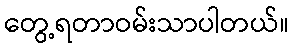
တွေ့ရတာဝမ်းသာပါတယ်။